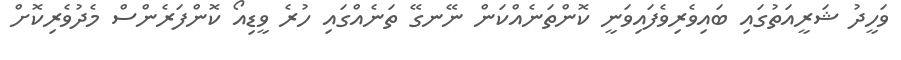
ވަހީދު ޝަރީއަތުގައި ބައިވެރިވެފައިވަނީ ކޮންތަނެއްކަން ނޭނގޭ ތަނެއްގައި ހުރެ ވީޑިއޯ ކޮންފަރެންސް މެދުވެރިކޮށް